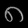
Digit: ၈